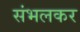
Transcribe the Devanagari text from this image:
संभलकर